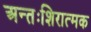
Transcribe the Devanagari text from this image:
अन्तःशिरात्मक